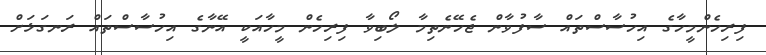
ފިރިހެންމީހާގެ އިހުސާސްތައް ސާފުވާން ޖެހޭނެތިމާ ލޯބިވާ ފިރިހެން މީހާއަކީ އޭނާގެ އިހުސާސްތައް ރަނގަޅަށް